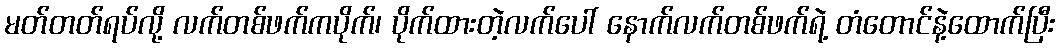
မတ်တတ်ရပ်လို့ လက်တစ်ဖက်ကပိုက်၊ ပိုက်ထားတဲ့လက်ပေါ် နောက်လက်တစ်ဖက်ရဲ့ တံတောင်နဲ့ထောက်ပြီး